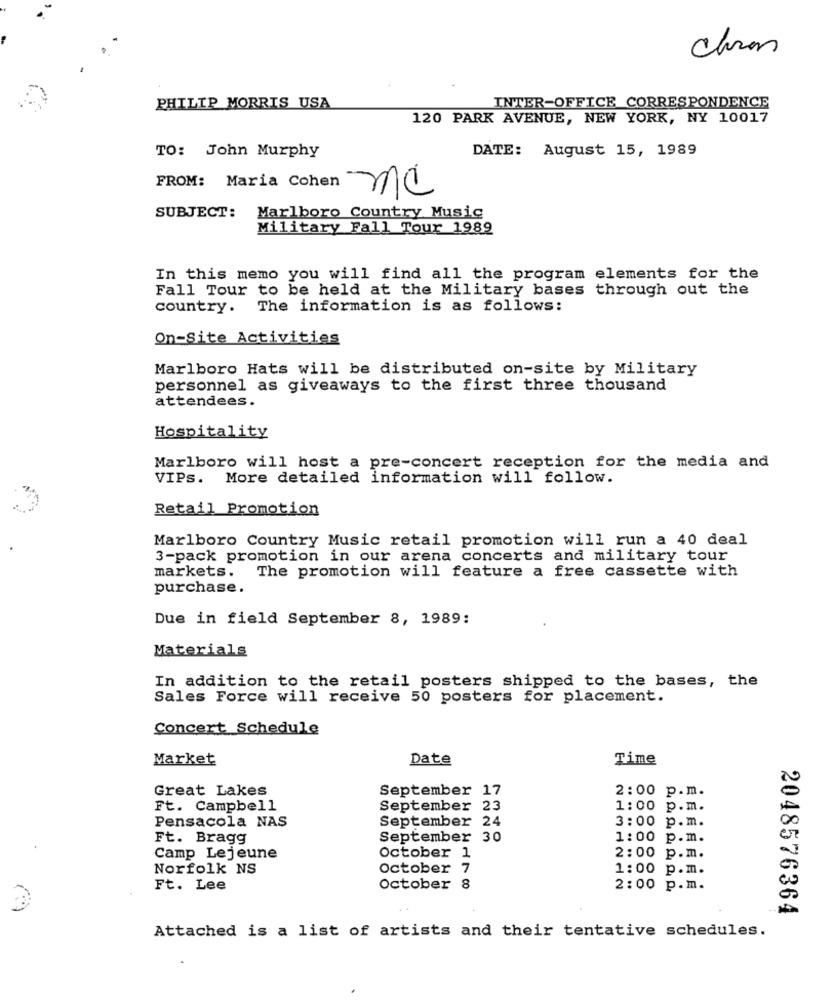
PHILIP MORRIS USA
INTER-OFFICE CORRESPONDENCE
120 PARK AVENUE, NEW YORK, NY 10017
TO: John Murphy
DATE: August 15, 1989
FROM: Maria Cohen
mc
Marlboro Country Music
SUBJECT:
Military Fall Tour 1989
In this memo you will find all the program elements for the
Fall Tour to be held at the Military bases through out the
country. The information is as follows:
On-Site Activities
Marlboro Hats will be distributed on-site by Military
personnel as giveaways to the first three thousand
attendees.
Hospitality
Marlboro will host a pre-concert reception for the media and
VIPs. More detailed information will follow.
Retail Promotion
Marlboro Country Music retail promotion will run a 40 deal
3-pack promotion in our arena concerts and military tour
markets. The promotion will feature a free cassette with
purchase.
Due in field September 8, 1989:
Materials
In addition to the retail posters shipped to the bases, the
Sales Force will receive 50 posters for placement.
Concert Schedule
Market
Date
Time
Great Lakes
September 17
2:00 p.m.
Ft. Campbell
September 23
1:00 p.m.
Pensacola NAS
September 24
3:00 p.m.
Ft. Bragg
September 30
1:00 p.m.
Camp Lejeune
October 1
2:00 p.m.
Norfolk NS
October 7
1:00 p.m.
Ft. Lee
October 8
2:00 p.m.
2048576364
Attached is a list of artists and their tentative schedules.